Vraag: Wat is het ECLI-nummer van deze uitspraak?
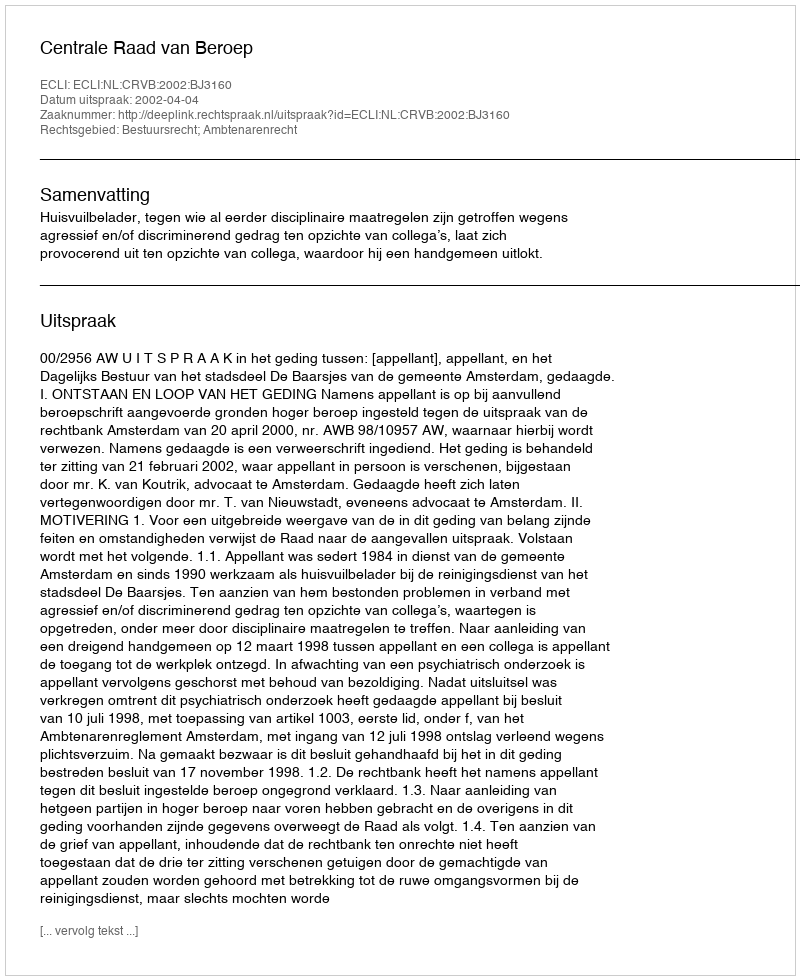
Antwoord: ECLI:NL:CRVB:2002:BJ3160